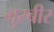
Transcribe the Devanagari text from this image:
गुरबीर